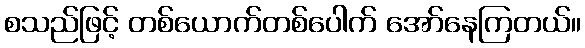
စသည်ဖြင့် တစ်ယောက်တစ်ပေါက် အော်နေကြတယ်။